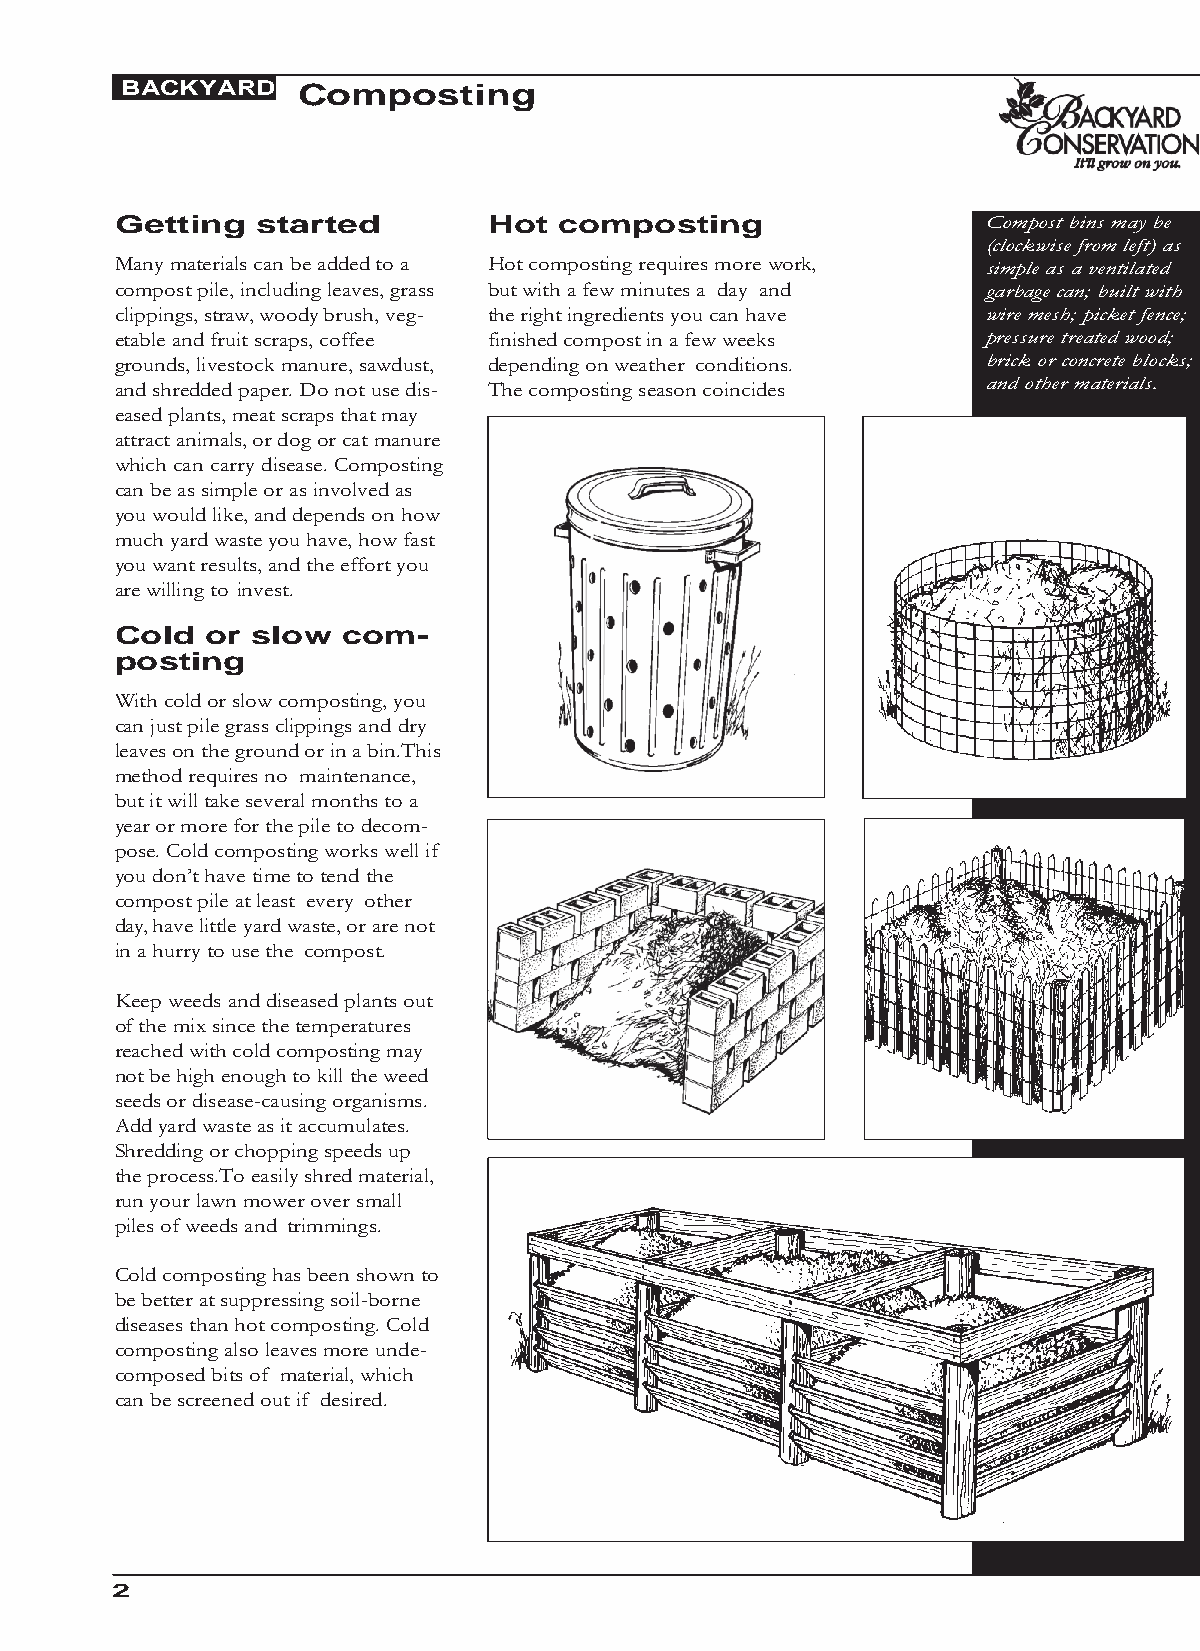
BACKYARD    Composting
 Getting  started        Hot  composting                  Compost bins may be
 (clockwise from left) as
 Many materials can be added to a Hot composting requires more work, simple as a ventilated
 compost pile, including leaves, grass but with a few minutes a day and garbage can; built with
 clippings, straw, woody brush, veg- the right ingredients you can have wire mesh; picket fence;
 etable and fruit scraps, coffee finished compost in a few weeks pressure treated wood;
 grounds, livestock manure, sawdust, depending on weather conditions. brick or concrete blocks;
 and shredded paper. Do not use dis- The composting season coincides and other materials.
 eased plants, meat scraps that may
 attract animals, or dog or cat manure
 which can carry disease. Composting
 can be as simple or as involved as
 you would like, and depends on how
 much yard waste you have, how fast
 you want results, and the effort you
 are willing to invest.
 Cold  or slow  com-
 posting
 With cold or slow composting, you
 can just pile grass clippings and dry
 leaves on the ground or in a bin.This
 method requires no maintenance,
 but it will take several months to a
 year or more for the pile to decom-
 pose. Cold composting works well if
 you don’t have time to tend the
 compost pile at least every other
 day, have little yard waste, or are not
 in a hurry to use the compost.
 Keep weeds and diseased plants out
 of the mix since the temperatures
 reached with cold composting may
 not be high enough to kill the weed
 seeds or disease-causing organisms.
 Add yard waste as it accumulates.
 Shredding or chopping speeds up
 the process.To easily shred material,
 run your lawn mower over small
 piles of weeds and trimmings.
 Cold composting has been shown to
 be better at suppressing soil-borne
 diseases than hot composting. Cold
 composting also leaves more unde-
 composed bits of material, which
 can be screened out if desired.
 2